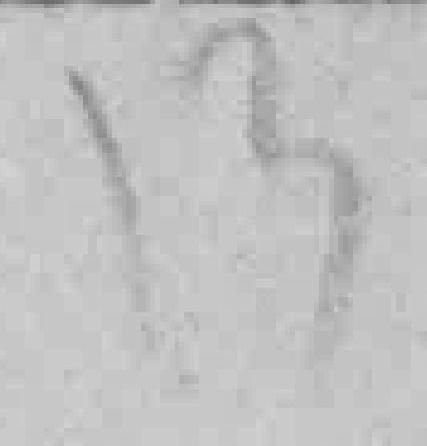
13